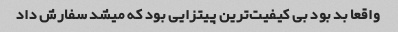
واقعا بد بود بی کیفیت‌ترین پیتزایی بود که میشد سفارش داد